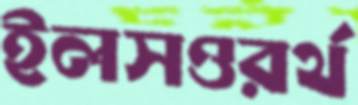
ইলসওরর্থ